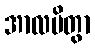
အာလပိတွာ